Report of the Lahore Medical School Hospital
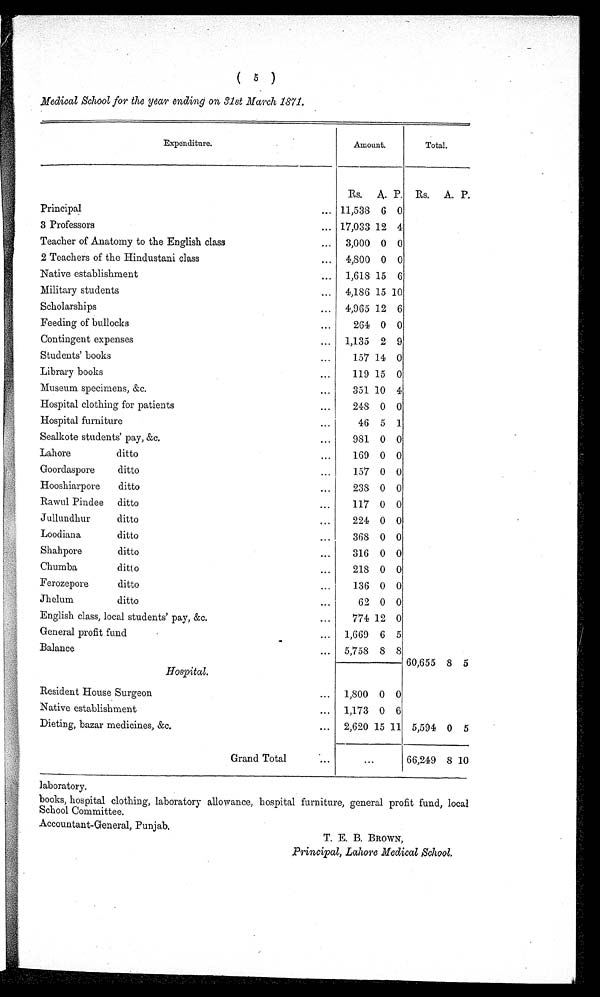
( 5 )
Medical School for the year ending on 31st March 1871.
Expenditure.
Amount.
Total.
Rs. A. P. Rs. A. P.
P r i n c i p a l . . .
11,538 6 0
3 Professors
. . . 17,033 12 4
Teacher of Anatomy to the English class . . .
3,000 0 0
2 Teachers of the Hindustani class . . .
4,800 0 0
Native establishment . . .
1,618 15 6
Military students . . .
4,186 15 10
Scholarships . . .
4,965 12 6
Feeding of bullocks . . .
264 0 0
Contingent expenses . . .
1,135 2 9
Students' books . . .
157 14 0
Library books . . .
119 15 0
Museum specimens, &c. . . .
351 10 4
Hospital clothing for patients . . .
248 0 0
Hospital furniture . . .
46 5 1
Sealkote students' pay, &c. . . .
981 0 0
Lahore
ditto . . .
169 0 0
Goordaspore
ditto . . .
157 0 0
Hooshiarpore
ditto . . .
238 0 0
Rawul Pindee ditto . . .
117 0 0
Jullundhur
ditto . . .
224 0 0
Loodiana
ditto . . .
368 0 0
Shahpore
ditto. . .
316 0 0
Chumba
ditto. . .
2 1 8 0 0
Ferozepore
ditto . . .
136 0 0
Jhelum
ditto . . .
62 0 0
English class, local students' pay, &c. . . .
774 12 0
General profit fund . . .
1,669 6 5
Balance . . .
5,758 8 8
Hospital.
60,655 8 5
Resident House Surgeon . . .
1,800 0 0
Native establishment . . .
1,173 0 6
Dieting, bazar medicines, &c. . . .
2,620 15 11 5,594 0 5
Grand Total . . .
. . .
66,249 8 10
laboratory.
books, hospital clothing, laboratory allowance, hospital furniture, general profit fund, local
School Committee.
Accountant-General, Punjab.
T. E. B. BROWN,
Principal, Lahore Medical School.